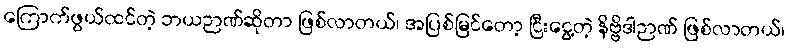
ကြောက်ဖွယ်ထင်တဲ့ ဘယဉာဏ်ဆိုတာ ဖြစ်လာတယ်၊ အပြစ်မြင်တော့ ငြီးငွေ့တဲ့ နိဗ္ဗိဒါဉာဏ် ဖြစ်လာတယ်၊